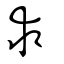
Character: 求